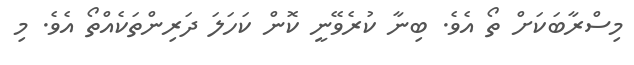
މިސްރާބަކަށް ތޯ އެވެ. ބިނާ ކުރެވޭނީ ކޮން ކަހަލަ ދަރިންތަކެއްތޯ އެވެ. މި